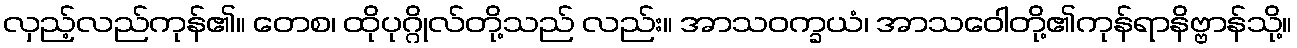
လှည့်လည်ကုန်၏။ တေစ၊ ထိုပုဂ္ဂိုလ်တို့သည် လည်း။ အာသဝက္ခယံ၊ အာသဝေါတို့၏ကုန်ရာနိဗ္ဗာန်သို့။